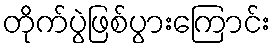
တိုက်ပွဲဖြစ်ပွားကြောင်း